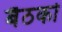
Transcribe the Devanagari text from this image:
बैठको